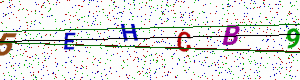
Text: 5EHCB9